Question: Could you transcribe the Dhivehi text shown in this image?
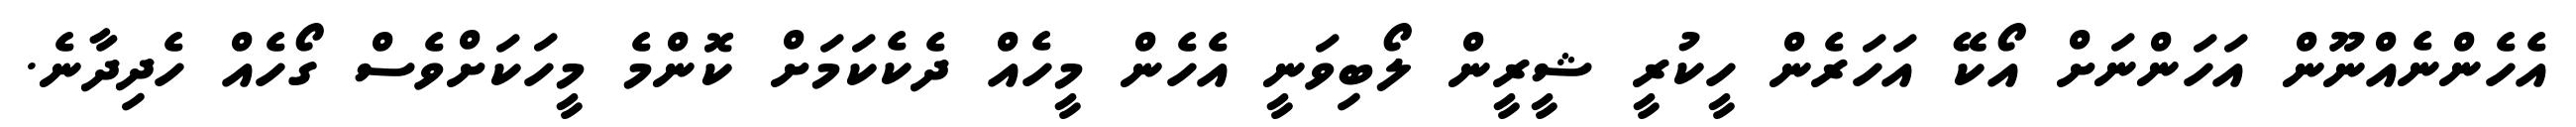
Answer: އެހެންނެއްނޫން އަހަންނަށް އޯކޭ އަހަރެން ހީކުރީ ޝީރީން ލޯބިވަނީ އެހެން މީހެއް ދެކެކަމަށް ކޮންމެ މީހަކަށްވެސް ގޯހެއް ހެދިދާނެ.